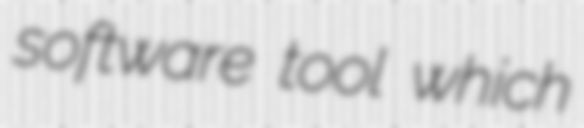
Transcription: software tool which